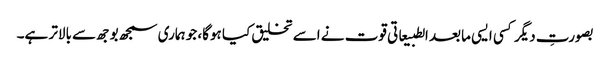
بصورتِ دیگر کسی ایسی مابعد الطبیعاتی قوت نے اسے تخلیق کیا ہوگا، جو ہماری سمجھ بوجھ سے بالاتر ہے۔